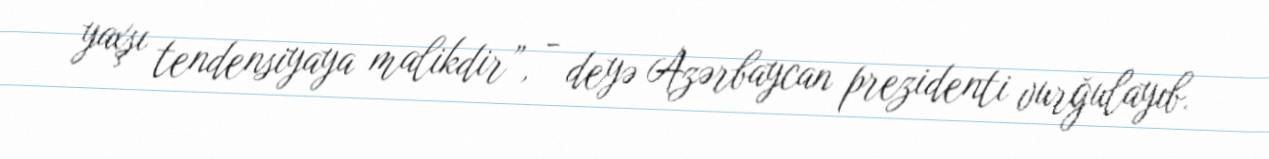
yaxşı tendensiyaya malikdir”, - deyə Azərbaycan prezidenti vurğulayıb.